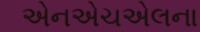
એનએચએલના